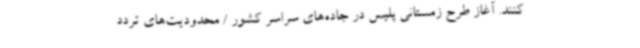
کنند. آغاز طرح زمستانی پلیس در جاده‌های سراسر کشور / محدودیت‌های تردد